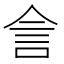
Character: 𬾕